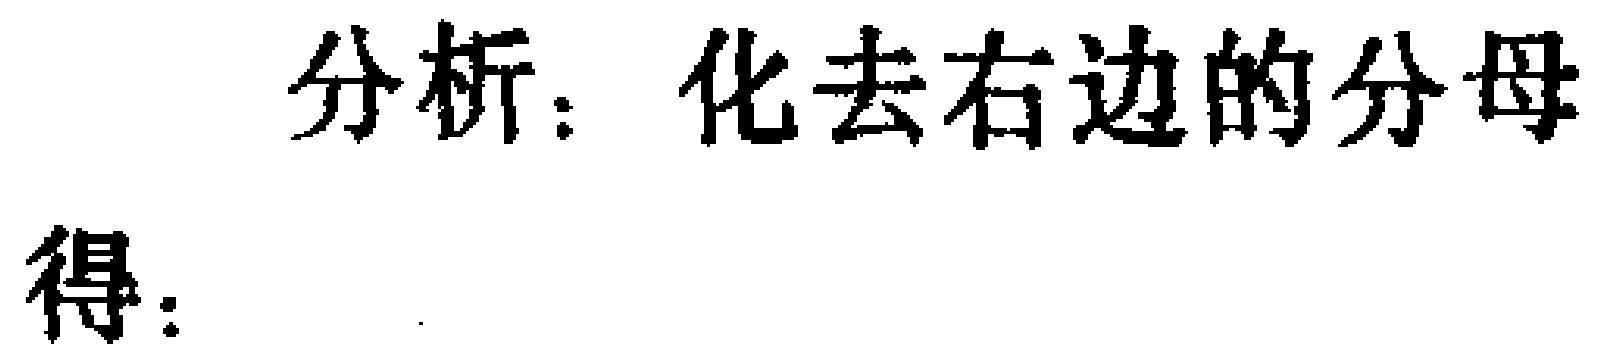
分析：化去右边的分母
得：